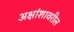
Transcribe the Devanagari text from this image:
अक्षांशावरील